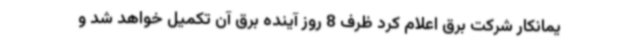
یمانکار شرکت برق اعلام کرد ظرف 8 روز آینده برق آن تکمیل خواهد شد و